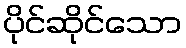
ပိုင်ဆိုင်သော